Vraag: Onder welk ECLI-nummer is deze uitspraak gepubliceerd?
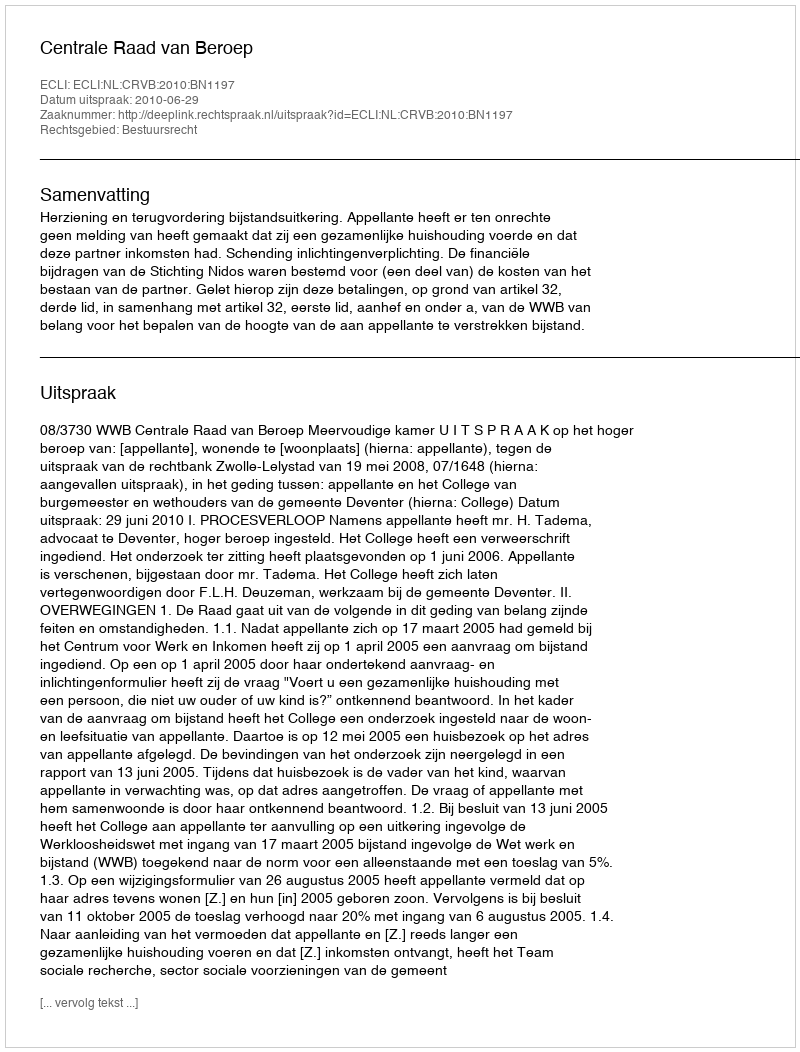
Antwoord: ECLI:NL:CRVB:2010:BN1197